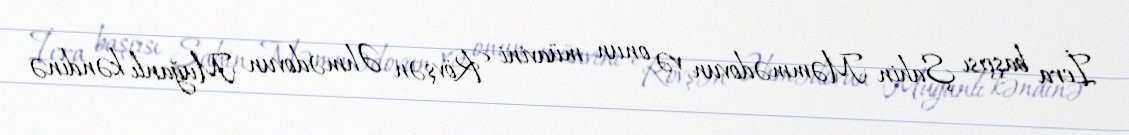
İcra başçısı Şahin Məmmədovun və onun müavini Rövşən Əhmədovun Muğanlı kəndinə